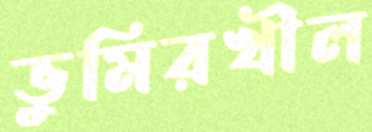
ভুমিরখীল